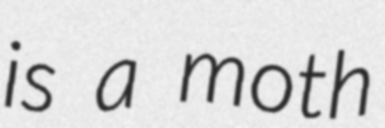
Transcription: is a moth